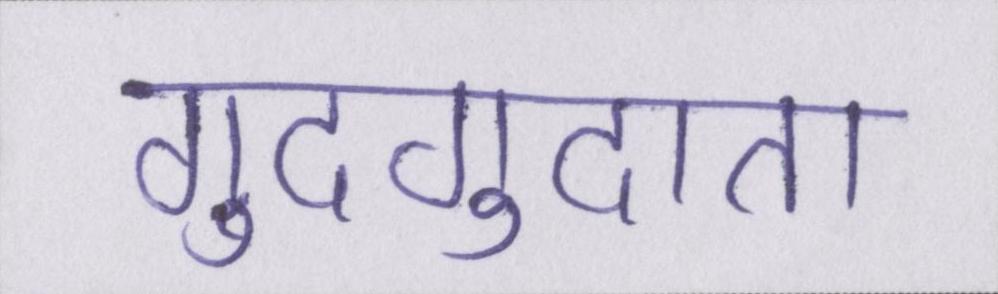
गुदगुदाता